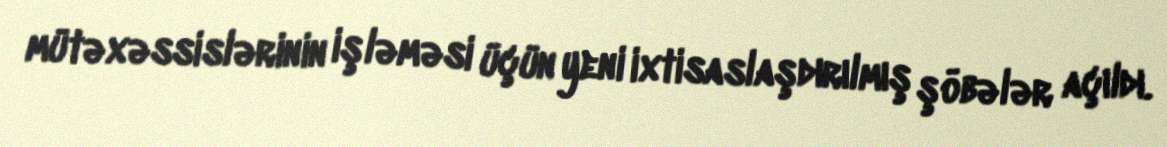
mütəxəssislərinin işləməsi üçün yeni ixtisaslaşdırılmış şöbələr açıldı.